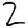
Digit: 2